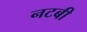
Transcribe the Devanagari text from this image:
नटबी